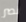
نصر